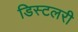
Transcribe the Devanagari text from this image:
डिस्टलरी